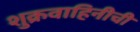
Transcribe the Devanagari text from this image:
शुक्रवाहिनीची